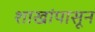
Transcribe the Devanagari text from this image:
शाखांपासून